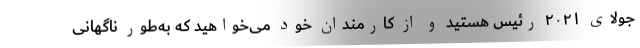
جولای ۲۰۲۱ رئیس هستید و از کارمندان خود می‌خواهید که به‌طور ناگهانی